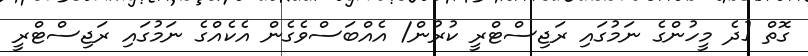
ގޮތް [ދެ މީހުންގެ ނަމުގައި ރަޖިސްޓްރީ ކުރުން/ އެއްބަސްވެގެން އެކެއްގެ ނަމުގައި ރަޖިސްޓްރީ